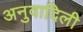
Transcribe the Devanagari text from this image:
अनुवादिली